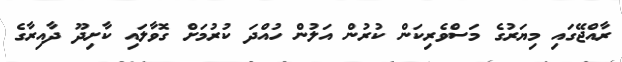
ރާއްޖޭގައި މިޔަރުގެ މަސްވެރިކަން ކުރުން އަލުން ހުއްދަ ކުރުމަށް ގޮވާލައި ކާށިދޫ ދާއިރާގެ